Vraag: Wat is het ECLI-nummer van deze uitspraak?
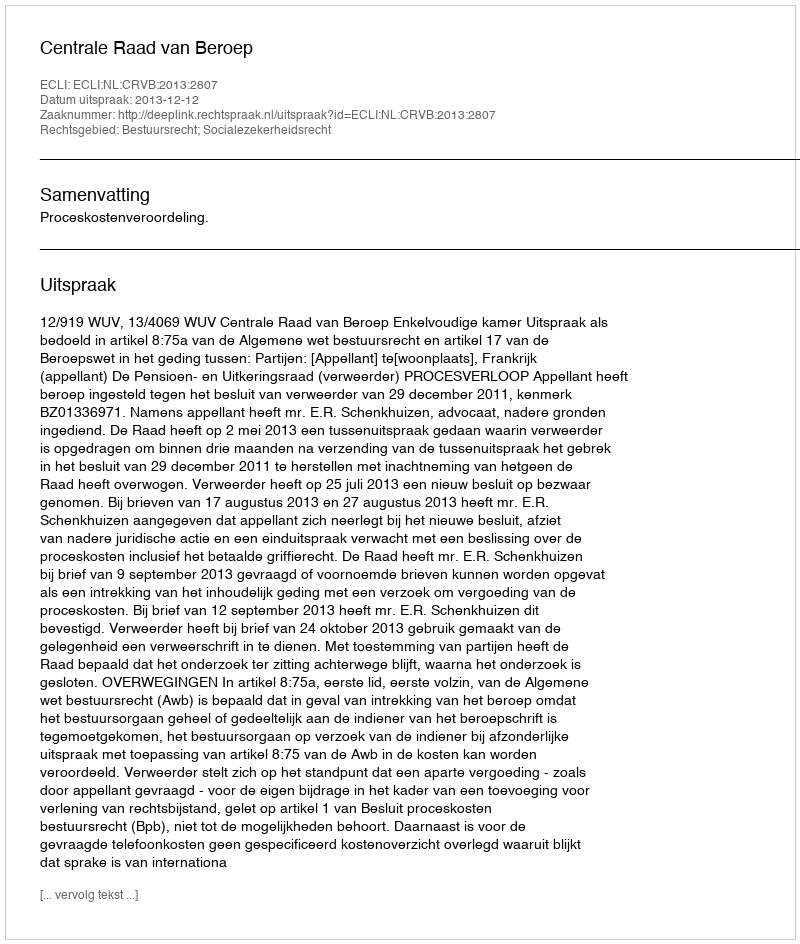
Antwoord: ECLI:NL:CRVB:2013:2807